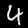
Label: 4